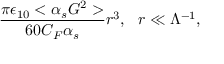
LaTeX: \frac { \pi \epsilon _ { 1 0 } < \alpha _ { s } G ^ { 2 } > } { 6 0 C _ { F } \alpha _ { s } } r ^ { 3 } , \ \ r \ll \Lambda ^ { - 1 } ,